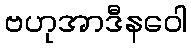
ဗဟုအာဒီနဝေါ